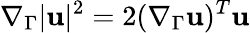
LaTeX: \nabla_{\Gamma}|\mathbf u|^{2}=2(\nabla_{\Gamma}\mathbf u)^{T}\mathbf u